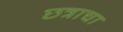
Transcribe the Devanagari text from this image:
छत्राचा